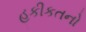
હકીકતનો